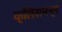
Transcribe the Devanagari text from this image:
क्लिंसमन्न